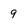
Character: 9